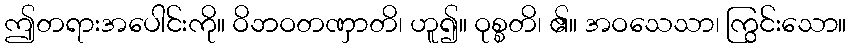
ဤတရားအပေါင်းကို။ ဝိဘဝတဏှာတိ၊ ဟူ၍။ ဝုစ္စတိ၊ ၏။ အဝသေသာ၊ ကြွင်းသော။